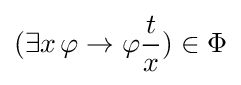
(\exists x\,\varphi \to \varphi {t \over x})\in \Phi